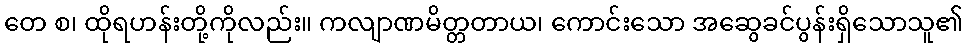
တေ စ၊ ထိုရဟန်းတို့ကိုလည်း။ ကလျာဏမိတ္တတာယ၊ ကောင်းသော အဆွေခင်ပွန်းရှိသောသူ၏